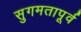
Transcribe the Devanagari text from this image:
सुगमतापूर्व